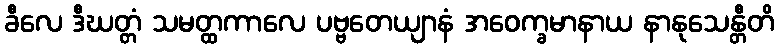
ခီလေ ဒီဃတ္တံ သမတ္ထကာလေ ပဗ္ဗတေယျာနံ အဝေက္ခမာနာယ နာနုသေန္တီတိ